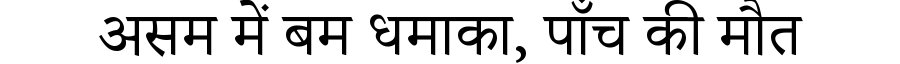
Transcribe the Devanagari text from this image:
असम में बम धमाका, पाँच की मौत